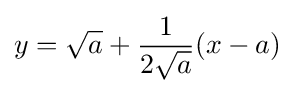
y={\sqrt {a}}+{\frac {1}{2{\sqrt {a}}}}(x-a)